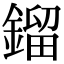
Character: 鎦